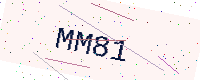
Text: MM81